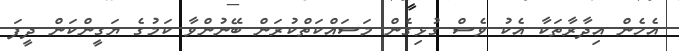
އެހެން އިދާރާތަކާ އެކު ވެސް ގުޅިގެން މަސައްކަތްކުރަން ބޭނުންވާ ކަމުގެ ޔަގީންކަން ދީފަ